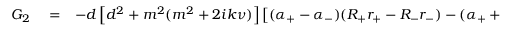
\begin{array} { r l r } { G _ { 2 } } & { { } = } & { - d \left[ d ^ { 2 } + m ^ { 2 } ( m ^ { 2 } + 2 i k \nu ) \right] \left[ ( \alpha _ { + } - \alpha _ { - } ) ( R _ { + } r _ { + } - R _ { - } r _ { - } ) - ( \alpha _ { + } + \alpha _ { - } ) ( R _ { + } r _ { - } - R _ { - } r _ { + } ) \right] } \end{array}